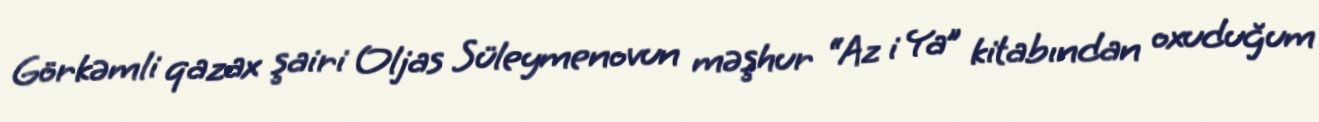
Görkəmli qazax şairi Oljas Süleymenovun məşhur “Az i Ya” kitabından oxuduğum